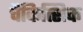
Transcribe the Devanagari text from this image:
चैकित्सिक